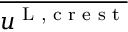
\overline { { u ^ { \textnormal { L , c r e s t } } } }